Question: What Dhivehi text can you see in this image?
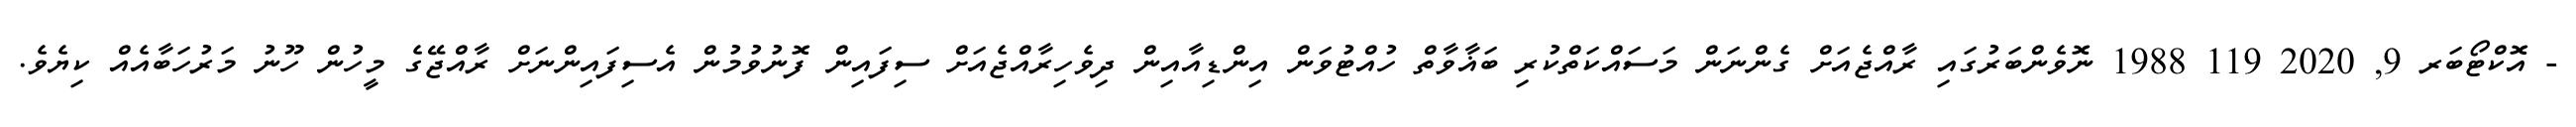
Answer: - އޮކްޓޯބަރ 9, 2020 119 1988 ނޮވެންބަރުގައި ރާއްޖެއަށް ގެންނަން މަސައްކަތްކުރި ބަޣާވާތް ހުއްޓުވަން އިންޑިއާއިން ދިވެހިރާއްޖެއަށް ސިފައިން ފޮނުވުމުން އެސިފައިންނަށް ރާއްޖޭގެ މީހުން ހޫނު މަރުހަބާއެއް ކިޔެވެ.